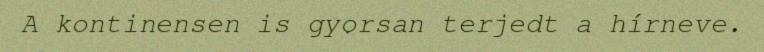
A kontinensen is gyorsan terjedt a hírneve.